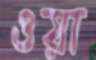
ওয়া